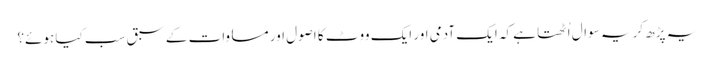
یہ پڑھ کر یہ سوال اُٹھتا ہے کہ ایک آدمی اور ایک ووٹ کا اصول اور مساوات کے سبق سب کیا ہوئے؟